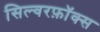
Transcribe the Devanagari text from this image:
सिल्वरफ़ॉक्स